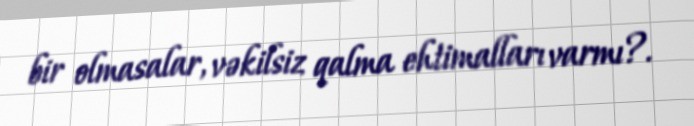
bir olmasalar, vəkilsiz qalma ehtimalları varmı?.